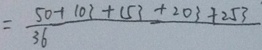
= \frac { 5 0 + 1 0 3 + 1 5 3 + 2 0 3 + 2 5 3 } { 3 6 }